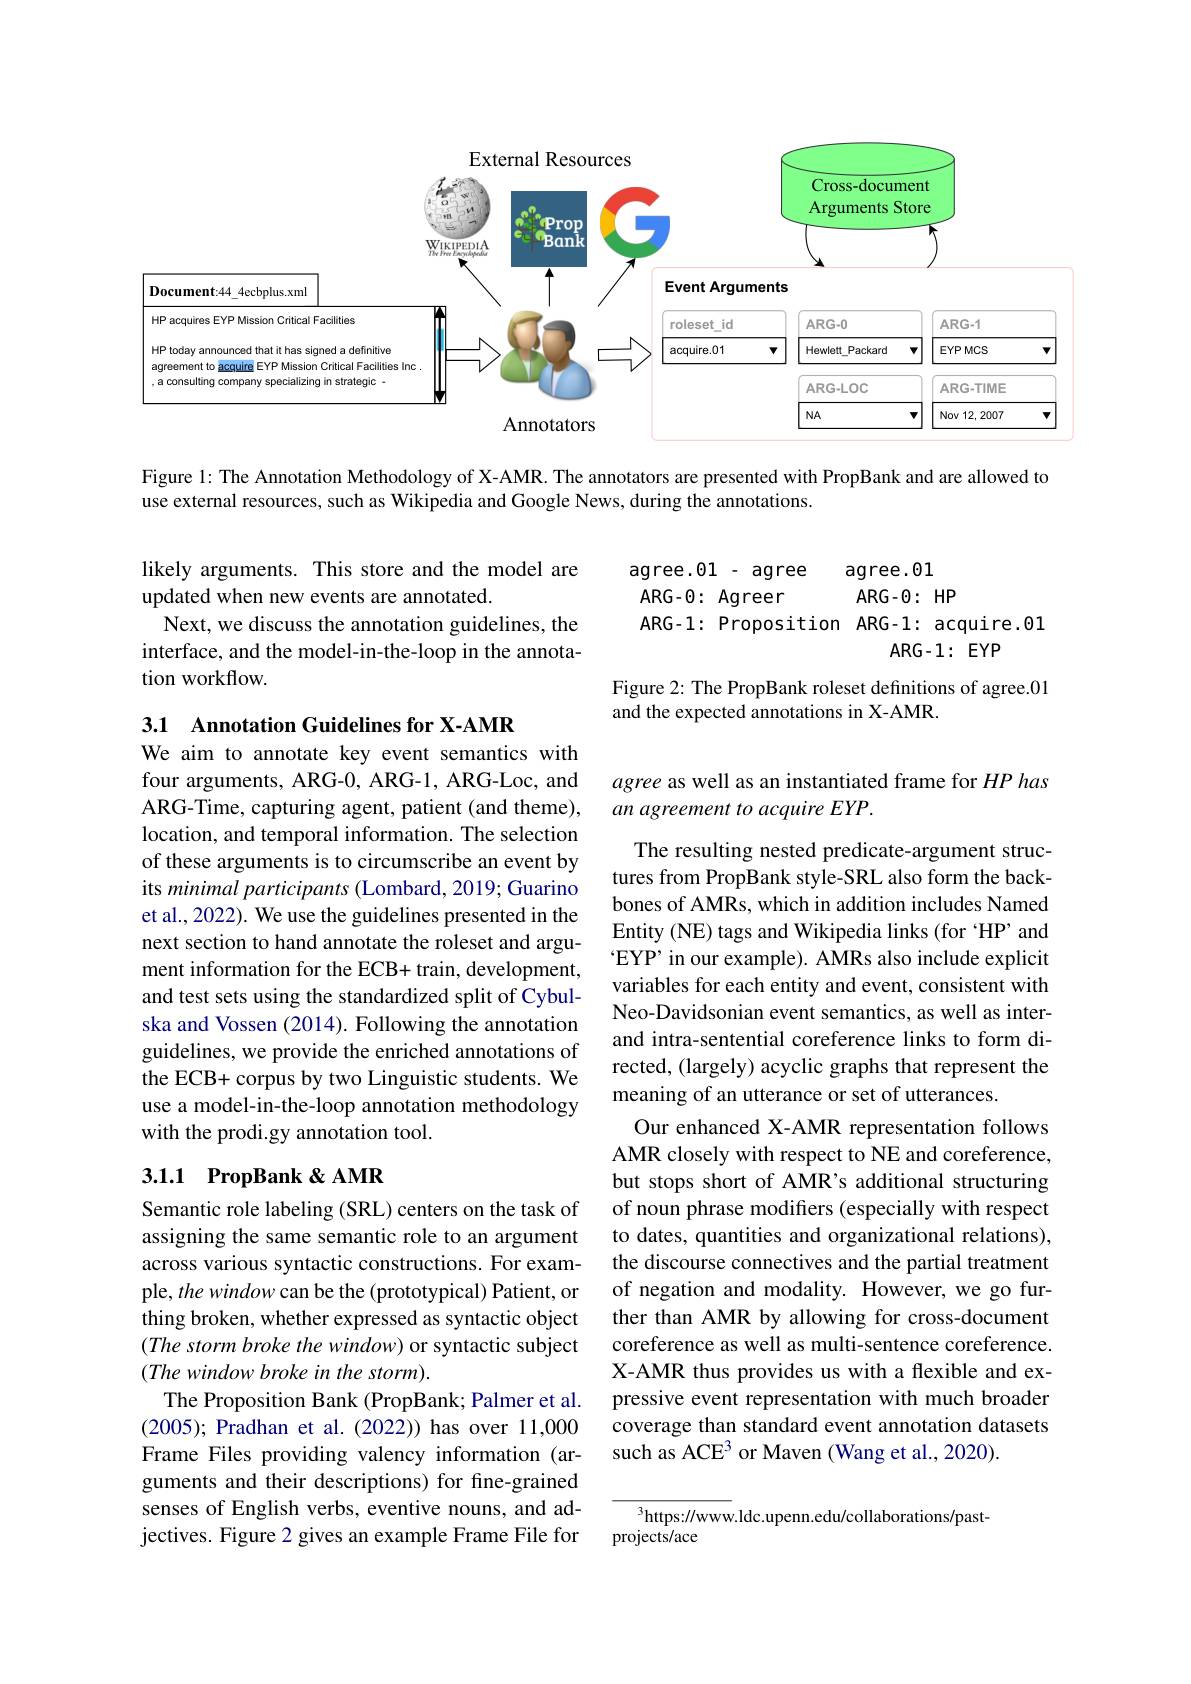
<FigureHere>

Figure 1: The Annotation Methodology of X-AMR. The annotators are presented with PropBank and are allowed to
use external resources, such as Wikipedia and Google News, during the annotations.

agree.01- agree
agree.01
ARG-0: Agreer
$ARG-O:HP$
ARG-1: Proposition ARG-1: acquire.01
$ARG-1:EYP$

likely arguments. This store and the model are
updated when new events are annotated.
Next, we discuss the annotation guidelines, the interface, and the model-in-the-loop in the annotation workflow.

Figure 2: The PropBank roleset definitions of agree.01
and the expected annotations in X-AMR.

3.1 Annotation Guidelines for X-AMR

agree as well as an instantiated frame for $HP$ has
an agreement to acquire EYP.

We aim to annotate key event semantics with four arguments, ARG-0, ARG-1, ARG-Loc, and ARG-Time, capturing agent, patient (and theme), location, and temporal information. The selection of these arguments is to circumscribe an event by its minimal participants (Lombard, 2019; Guarino et al., 2022). We use the guidelines presented in the next section to hand annotate the roleset and argument information for the ECB+ train, development and test sets using the standardized split of Cybulska and Vossen (2014). Following the annotation guidelines, we provide the enriched annotations of the ECB+ corpus by two Linguistic students. We use a model-in-the-loop annotation methodology with the prodi.gy annotation tool.

The resulting nested predicate-argument structures from PropBank style-SRL also form the backbones of AMRs, which in addition includes Named Entity (NE) tags and Wikipedia links (for "HP' and $`$EYP' in our example). AMRs also include explicit variables for each entity and event, consistent with Neo-Davidsonian event semantics, as well as interand intra-sentential coreference links to form directed, (largely) acyclic graphs that represent the meaning of an utterance or set of utterances.
Our enhanced X-AMR representation follows AMR closely with respect to NE and coreference, but stops short of AMR's additional structuring of noun phrase modifiers (especially with respect to dates, quantities and organizational relations), the discourse connectives and the partial treatment of negation and modality. However, we go further than AMR by allowing for cross-document coreference as well as multi-sentence coreference. X-AMR thus provides us with a flexible and expressive event representation with much broader coverage than standard event annotation datasets such as ACE$^3$ or Maven (Wang et al., 2020).

## 3.1.1 PropBank &AMR

Semantic role labeling (SRL) centers on the task of assigning the same semantic role to an argument across various syntactic constructions. For example, the window can be the (prototypical) Patient, or thing broken, whether expressed as syntactic object $( The\textit{ storm broke the window) or syntactic subject}$ (The window broke in the storm).
The Proposition Bank (PropBank; Palmer et al. (2005); Pradhan et al.(2022)) has over 11,000 Frame Files providing valency information (arguments and their descriptions) for fine-grained senses of English verbs, eventive nouns, and adjectives. Figure 2 gives an example Frame File for

$^{3}$https://www.ldc.upenn.edu/collaborations/past-
projects/ace